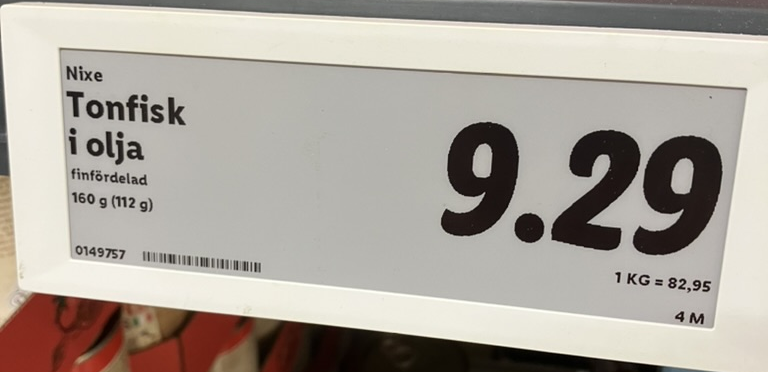
Vara: Tonfisk i olja
Genomsnittspris: 82.95 per kg